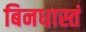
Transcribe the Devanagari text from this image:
बिनधास्तं